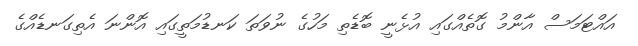
އައްޓަމަސް އާންމު ގޮތެއްގައި އުޅެނީ ބޮޑެތި މަހުގެ ނުވަތަ ކަނޑުމަތީގައި އޮންނަ އެތިގަނޑެއްގެ